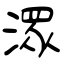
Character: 潀